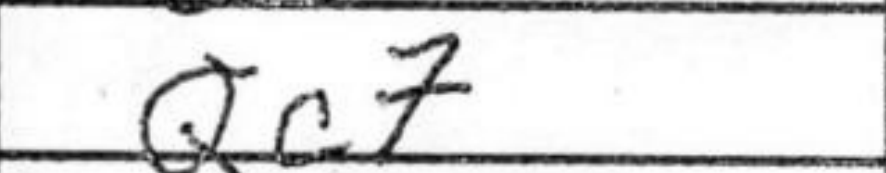
Transcription: Qc7